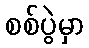
စစ်ပွဲမှာ